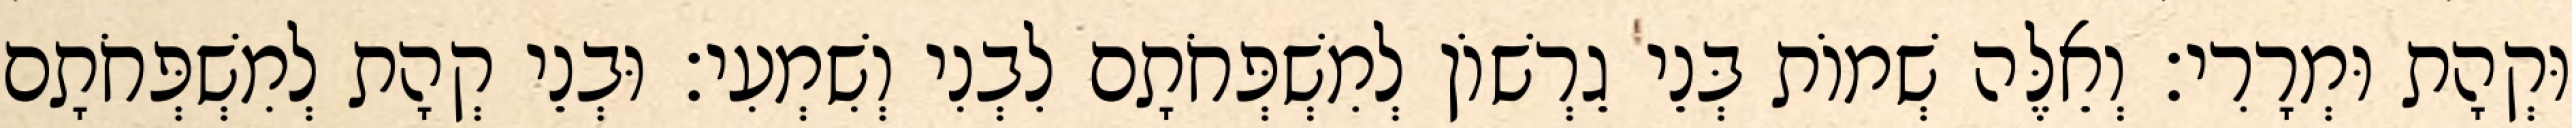
וּקְהָת וּמְרָרִי׃ וְאֵלֶּה שְׁמוֹת בְּנֵי גֵרְשׁוֹן לְמִשְׁפְּחֹתָם לִבְנִי וְשִׁמְעִי׃ וּבְנֵי קְהָת לְמִשְׁפְּחֹתָם